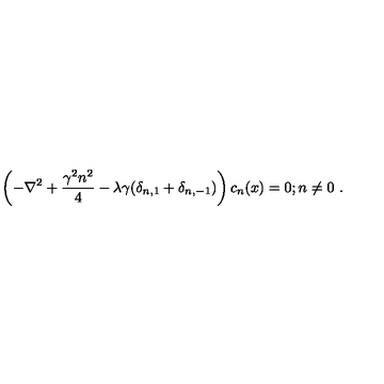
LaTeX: \left( - \nabla ^ { 2 } + \frac { \gamma ^ { 2 } n ^ { 2 } } { 4 } - \lambda \gamma ( \delta _ { n , 1 } + \delta _ { n , - 1 } ) \right) c _ { n } ( x ) = 0 ; n \neq 0 \ .